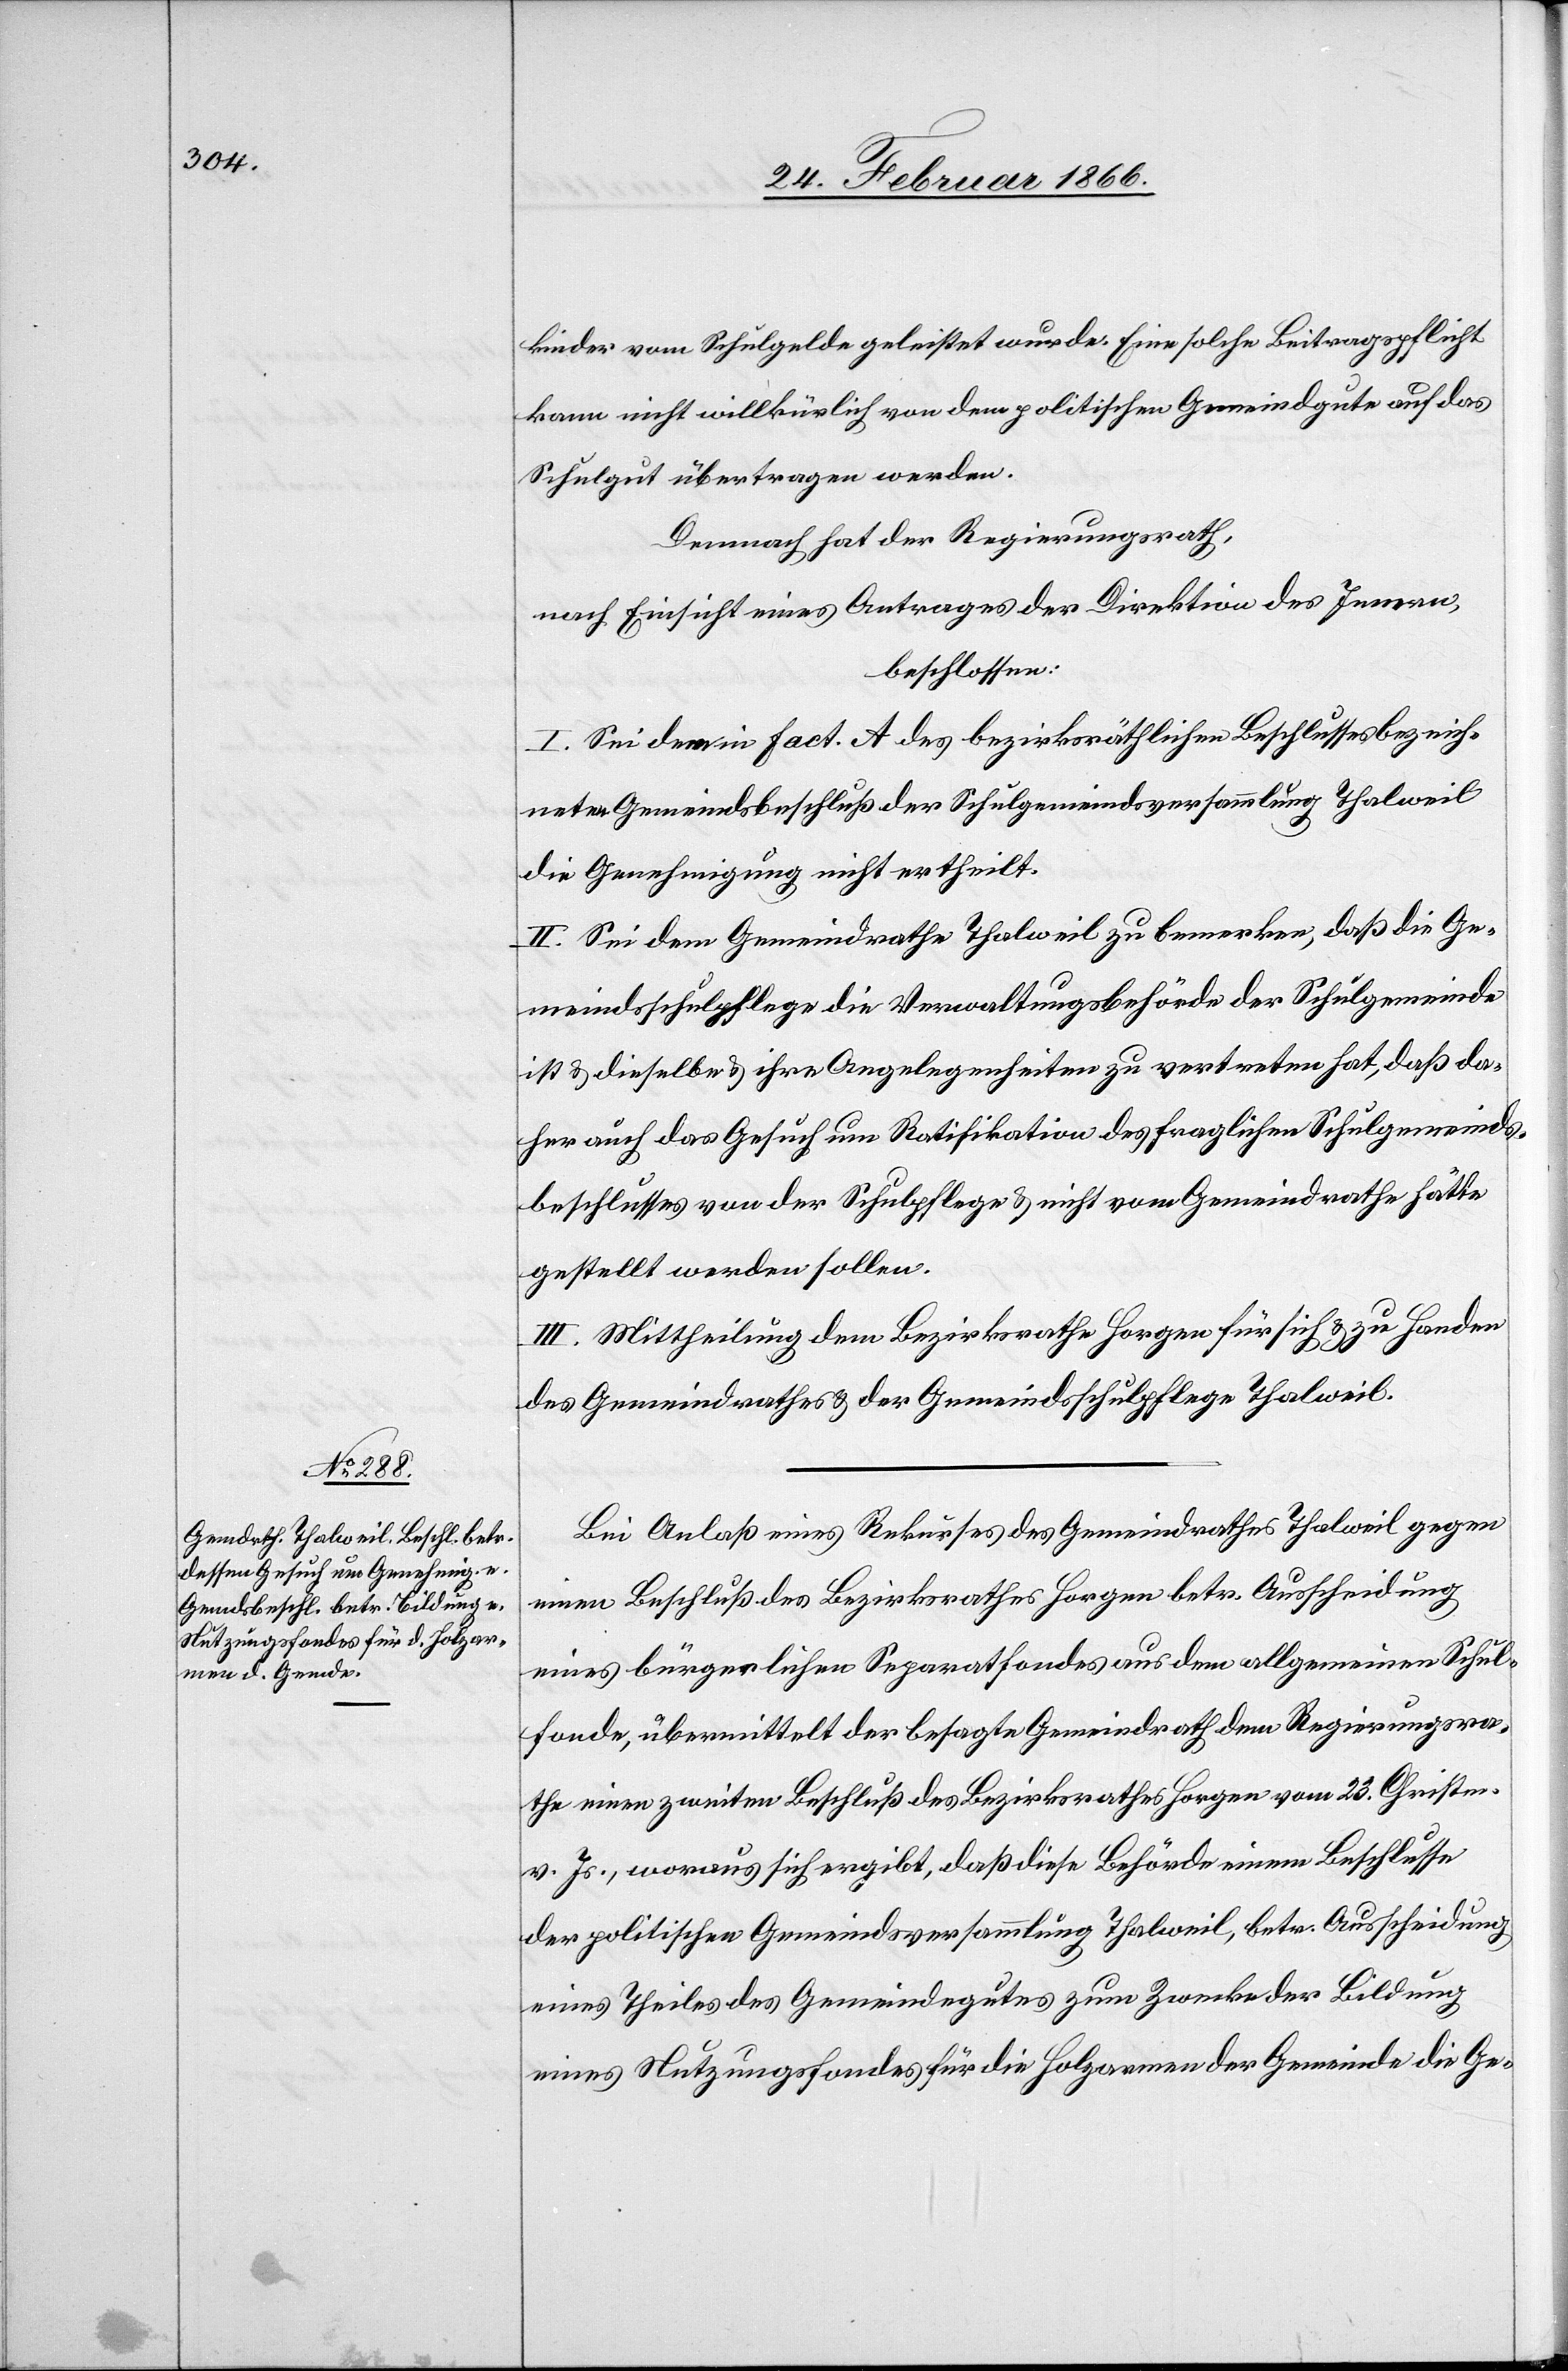
kinder vom Schulgelde geleistet wurde. Eine solche Beitragspflicht
kann nicht willkürlich von dem politischen Gemeindgute auf das
Schulgut übertragen werden.
Demnach hat der Regierungsrath,
nach Einsicht eines Antrages der Direktion des Innern,
beschlossen:
I. Sei dem in Fact. A des bezirksräthlichen Beschlusses bezeich¬
neten Gemeindsbeschluß der Schulgemeindsversammlung Thalweil
die Genehmigung nicht ertheilt.
II. Sei dem Gemeindrathe Thalweil zu bemerken, daß die Ge¬
meindsschulpflege die Verwaltungsbehörde der Schulgemeinde
ist u. dieselbe u. ihre Angelegenheiten zu vertreten hat, daß da¬
her auch das Gesuch um Ratifikation des fraglichen Schulgemeinds¬
beschlusses von der Schulpflege u. nicht vom Gemeindrathe hätte
gestellt werden müssen.
III. Mittheilung dem Bezirksrathe Horgen für sich u. zu Handen
des Gemeindrathes u. der Gemeindsschulpflege Thalweil.
Bei Anlaß eines Rekurses des Gemeindrathes Thalweil gegen
einen Beschluß des Bezirksrathes Horgen betr. Ausscheidung
eines bürgerlichen Separatfondes aus dem allgemeinen Schul¬
fonde, übermittelt der besagte Gemeindrath dem Regierungsra¬
the einen zweiten Beschluß des Bezirksrathes Horgen vom 23. Christmonat
v. Js., woraus sich ergibt, daß diese Behörde einen Beschlusse
der politischen Gemeindsversammlung Thalweil, betr Ausscheidung
eines Theiles des Gemeindegutes zum Zwecke der Bildung
eines Nutzungsfondes für die Holzungen der Gemeinde die Ge-